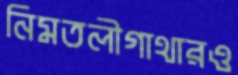
নিমতলীগাথারও